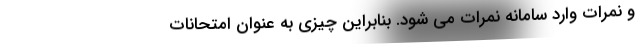
و نمرات وارد سامانه نمرات می شود. بنابراین چیزی به عنوان امتحانات